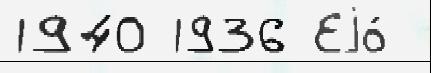
1940 1936 Еjо́